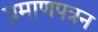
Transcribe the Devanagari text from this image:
प्रमाणपत्रन